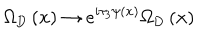
LaTeX: \Omega _ { \mathrm { D } } \left( { \bf x } \right) \rightarrow e ^ { i \tau _ { 3 } \psi \left( { \bf x } \right) } \Omega _ { \mathrm { D } } \left( { \bf x } \right)